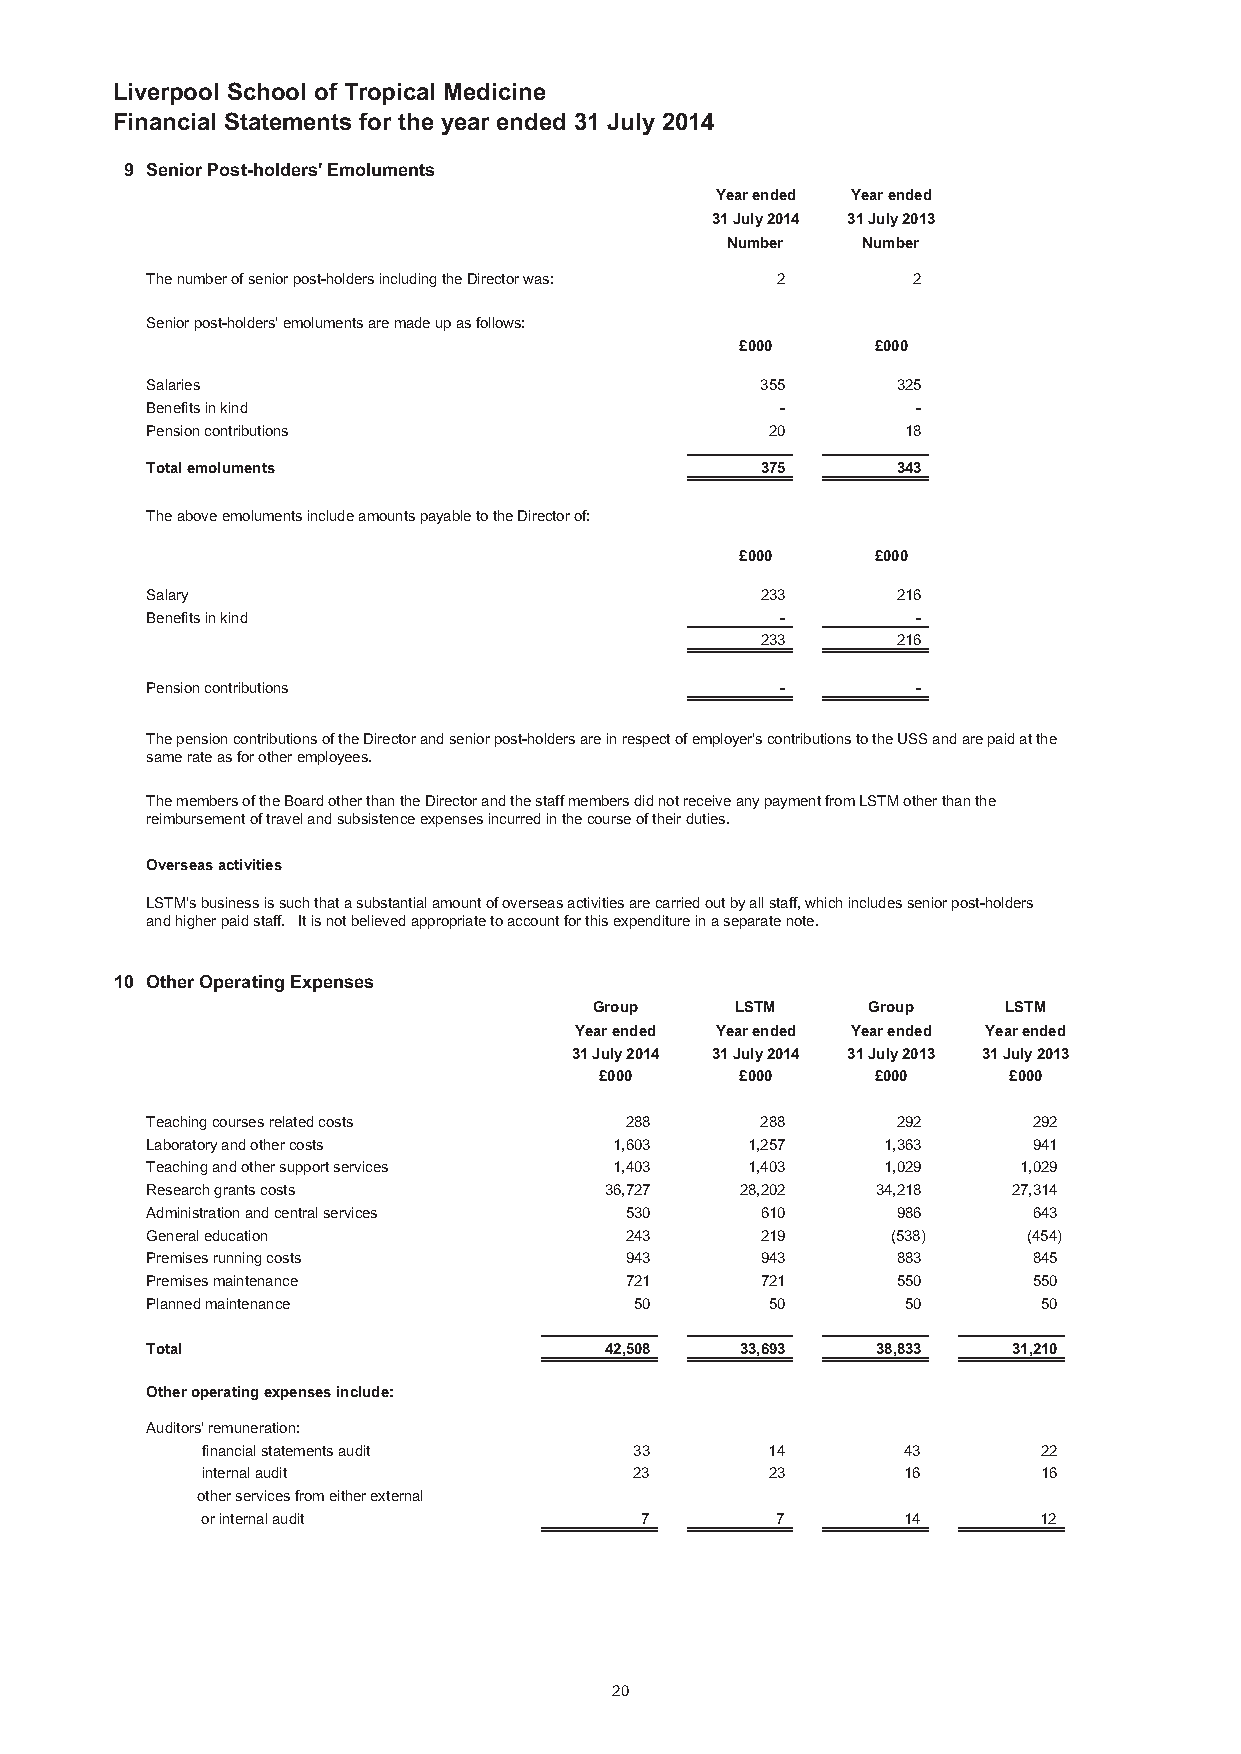
Liverpool School of Tropical Medicine
 Financial Statements for the year ended 31 July 2014
 9 Senior Post-holders' Emoluments
 Year ended Year ended
 31 July 2014 31 July 2013
 Number   Number
 The number of senior post-holders including the Director was: 2 2
 Senior post-holders' emoluments are made up as follows:
 £000     £000
 Salaries                                355      325
 Benefits in kind                          -        -
 Pension contributions                    20       18
 Total emoluments                        375      343
 The above emoluments include amounts payable to the Director of:
 £000     £000
 Salary                                  233      216
 Benefits in kind                          -        -
 233      216
 Pension contributions                     -        -
 The pension contributions of the Director and senior post-holders are in respect of employer's contributions to the USS and are paid at the
 same rate as for other employees.
 The members of the Board other than the Director and the staff members did not receive any payment from LSTM other than the
 reimbursement of travel and subsistence expenses incurred in the course of their duties.
 Overseas activities
 LSTM's business is such that a substantial amount of overseas activities are carried out by all staff, which includes senior post-holders
 and higher paid staff. It is not believed appropriate to account for this expenditure in a separate note.
 10 Other Operating Expenses
 Group     LSTM    Group    LSTM
 Year ended Year ended Year ended Year ended
 31 July 2014 31 July 2014 31 July 2013 31 July 2013
 £000     £000     £000     £000
 Teaching courses related costs 288      288      292      292
 Laboratory and other costs     1,603   1,257    1,363     941
 Teaching and other support services 1,403 1,403 1,029    1,029
 Research grants costs         36,727   28,202   34,218   27,314
 Administration and central services 530 610      986      643
 General education              243      219      (538)    (454)
 Premises running costs         943      943      883      845
 Premises maintenance           721      721      550      550
 Planned maintenance             50       50       50       50
 Total                         42,508   33,693   38,833   31,210
 Other operating expenses include:
 Auditors' remuneration:
 financial statements audit   33       14       43       22
 internal audit               23       23       16       16
 other services from either external
 or internal audit            7        7        14       12
 20